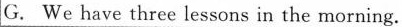
G. We have three lessons in the morning.